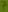
Text: 7